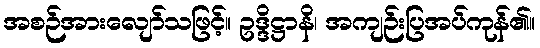
အစဉ်အားလျော်သဖြင့်။ ဥဒ္ဒိဋ္ဌာနိ၊ အကျဉ်းပြအပ်ကုန်၏။